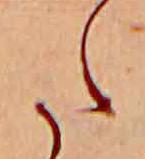
た